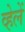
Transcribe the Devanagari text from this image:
व्हेलें